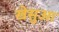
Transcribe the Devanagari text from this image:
खेसुआ